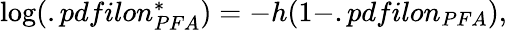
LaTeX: \begin{array}{r}{{\log({.pdfilon_{PFA}^{*}})}={-h(1-.pdfilon_{PFA})},}\end{array}